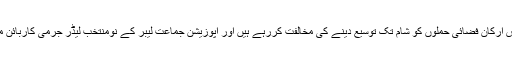
تاہم کیمرون کی قدامت پسند جماعت کے بعض ارکان فضائی حملوں کو شام تک توسیع دینے کی مخالفت کررہے ہیں اور اپوزیشن جماعت لیبر کے نومنتخب لیڈر جرمی کاربائن ماضی میں جنگ مخالف مہم چلاتے رہے ہیں۔